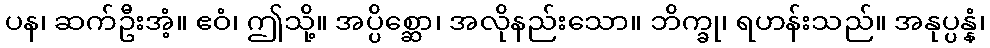
ပန၊ ဆက်ဦးအံ့။ ဧဝံ၊ ဤသို့။ အပ္ပိစ္ဆော၊ အလိုနည်းသော။ ဘိက္ခု၊ ရဟန်းသည်။ အနုပ္ပန္နံ၊